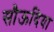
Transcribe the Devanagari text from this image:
सौऊदिया